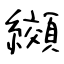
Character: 纐